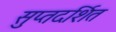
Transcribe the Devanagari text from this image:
सुप्तदर्शित